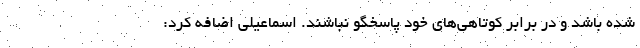
شده باشد و در برابر کوتاهی‌های خود پاسخگو نباشند. اسماعیلی اضافه کرد: